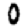
Digit: 0